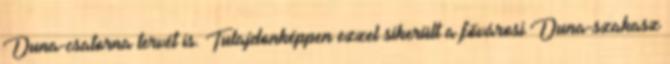
Duna-csatorna tervét is. Tulajdonképpen ezzel sikerült a fővárosi Duna-szakasz